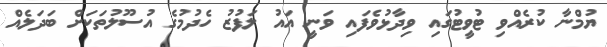
ޔުމްނާ ކުރެއްވި ޓުވީޓުގައި ވިދާޅުވެފައި ވަނީ އައު ލަފުޒު ހެދުމުގެ އުސޫލުތަކަށް ބަދަލެއް